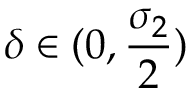
\delta \in ( 0 , \frac { \sigma _ { 2 } } { 2 } )